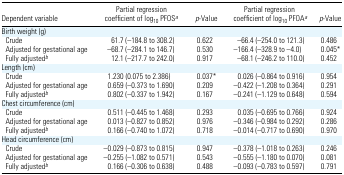
<table><thead><tr><td><b>Dependent variable</b></td><td><b>Partial regression coefficient of log<sub>10</sub> PFOSa</b></td><td><b><i>p</i>-Value</b></td><td><b>Partial regression coefficient of log<sub>10</sub> PFOAa</b></td><td><b><i>p</i>-Value</b></td></tr></thead><tbody><tr><td colspan="5">Birth weight (g)</td></tr><tr><td> Crude</td><td>61.7 (−184.8 to 308.2)</td><td>0.622</td><td>−66.4 (−254.0 to 121.3)</td><td>0.486</td></tr><tr><td> Adjusted for gestational age</td><td>−68.7 (−284.1 to 146.7)</td><td>0.530</td><td>−166.4 (−328.9 to −4.0)</td><td>0.045*</td></tr><tr><td> Fully adjustedb</td><td>12.1 (−217.7 to 242.0)</td><td>0.917</td><td>−68.1 (−246.2 to 110.0)</td><td>0.452</td></tr><tr><td colspan="5">Length (cm)</td></tr><tr><td> Crude</td><td>1.230 (0.075 to 2.386)</td><td>0.037*</td><td>0.026 (−0.864 to 0.916)</td><td>0.954</td></tr><tr><td> Adjusted for gestational age</td><td>0.659 (−0.373 to 1.690)</td><td>0.209</td><td>−0.422 (−1.208 to 0.364)</td><td>0.291</td></tr><tr><td> Fully adjustedb</td><td>0.802 (−0.337 to 1.942)</td><td>0.167</td><td>−0.241 (−1.129 to 0.648)</td><td>0.594</td></tr><tr><td colspan="5">Chest circumference (cm)</td></tr><tr><td> Crude</td><td>0.511 (−0.445 to 1.468)</td><td>0.293</td><td>0.035 (−0.695 to 0.766)</td><td>0.924</td></tr><tr><td> Adjusted for gestational age</td><td>0.013 (−0.827 to 0.852)</td><td>0.976</td><td>−0.346 (−0.984 to 0.292)</td><td>0.286</td></tr><tr><td> Fully adjustedb</td><td>0.166 (−0.740 to 1.072)</td><td>0.718</td><td>−0.014 (−0.717 to 0.690)</td><td>0.970</td></tr><tr><td colspan="5">Head circumference (cm)</td></tr><tr><td> Crude</td><td>−0.029 (−0.873 to 0.815)</td><td>0.947</td><td>−0.378 (−1.018 to 0.263)</td><td>0.246</td></tr><tr><td> Adjusted for gestational age</td><td>−0.255 (−1.082 to 0.571)</td><td>0.543</td><td>−0.555 (−1.180 to 0.070)</td><td>0.081</td></tr><tr><td> Fully adjustedb</td><td>0.166 (−0.306 to 0.638)</td><td>0.488</td><td>−0.093 (−0.783 to 0.597)</td><td>0.791</td></tr></tbody></table>